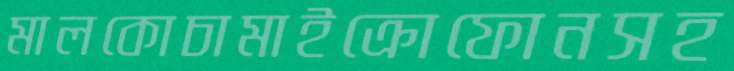
মালকোচামাইক্রোফোনসহ